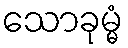
သောခုမ္မံ